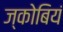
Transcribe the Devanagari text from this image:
ज्कोबियं